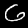
Label: 6